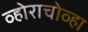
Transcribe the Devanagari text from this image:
व्होराचोव्हा